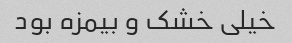
خیلی خشک و بیمزه بود